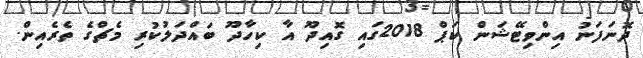
ދޮނަފަނު އިންވިޓޭޝަން ކަޕް 2018ގައި ގޮއިދޫ އާ ކިހާދޫ ބައްދަލުކުރި މެޗްގެ ތެރެއިން.